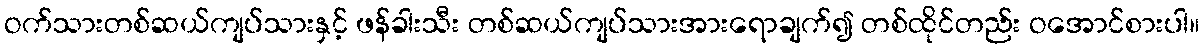
ဝက်သားတစ်ဆယ်ကျပ်သားနှင့် ဖန်ခါးသီး တစ်ဆယ်ကျပ်သားအားရောချက်၍ တစ်ထိုင်တည်း ဝအောင်စားပါ။